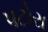
પટોરા